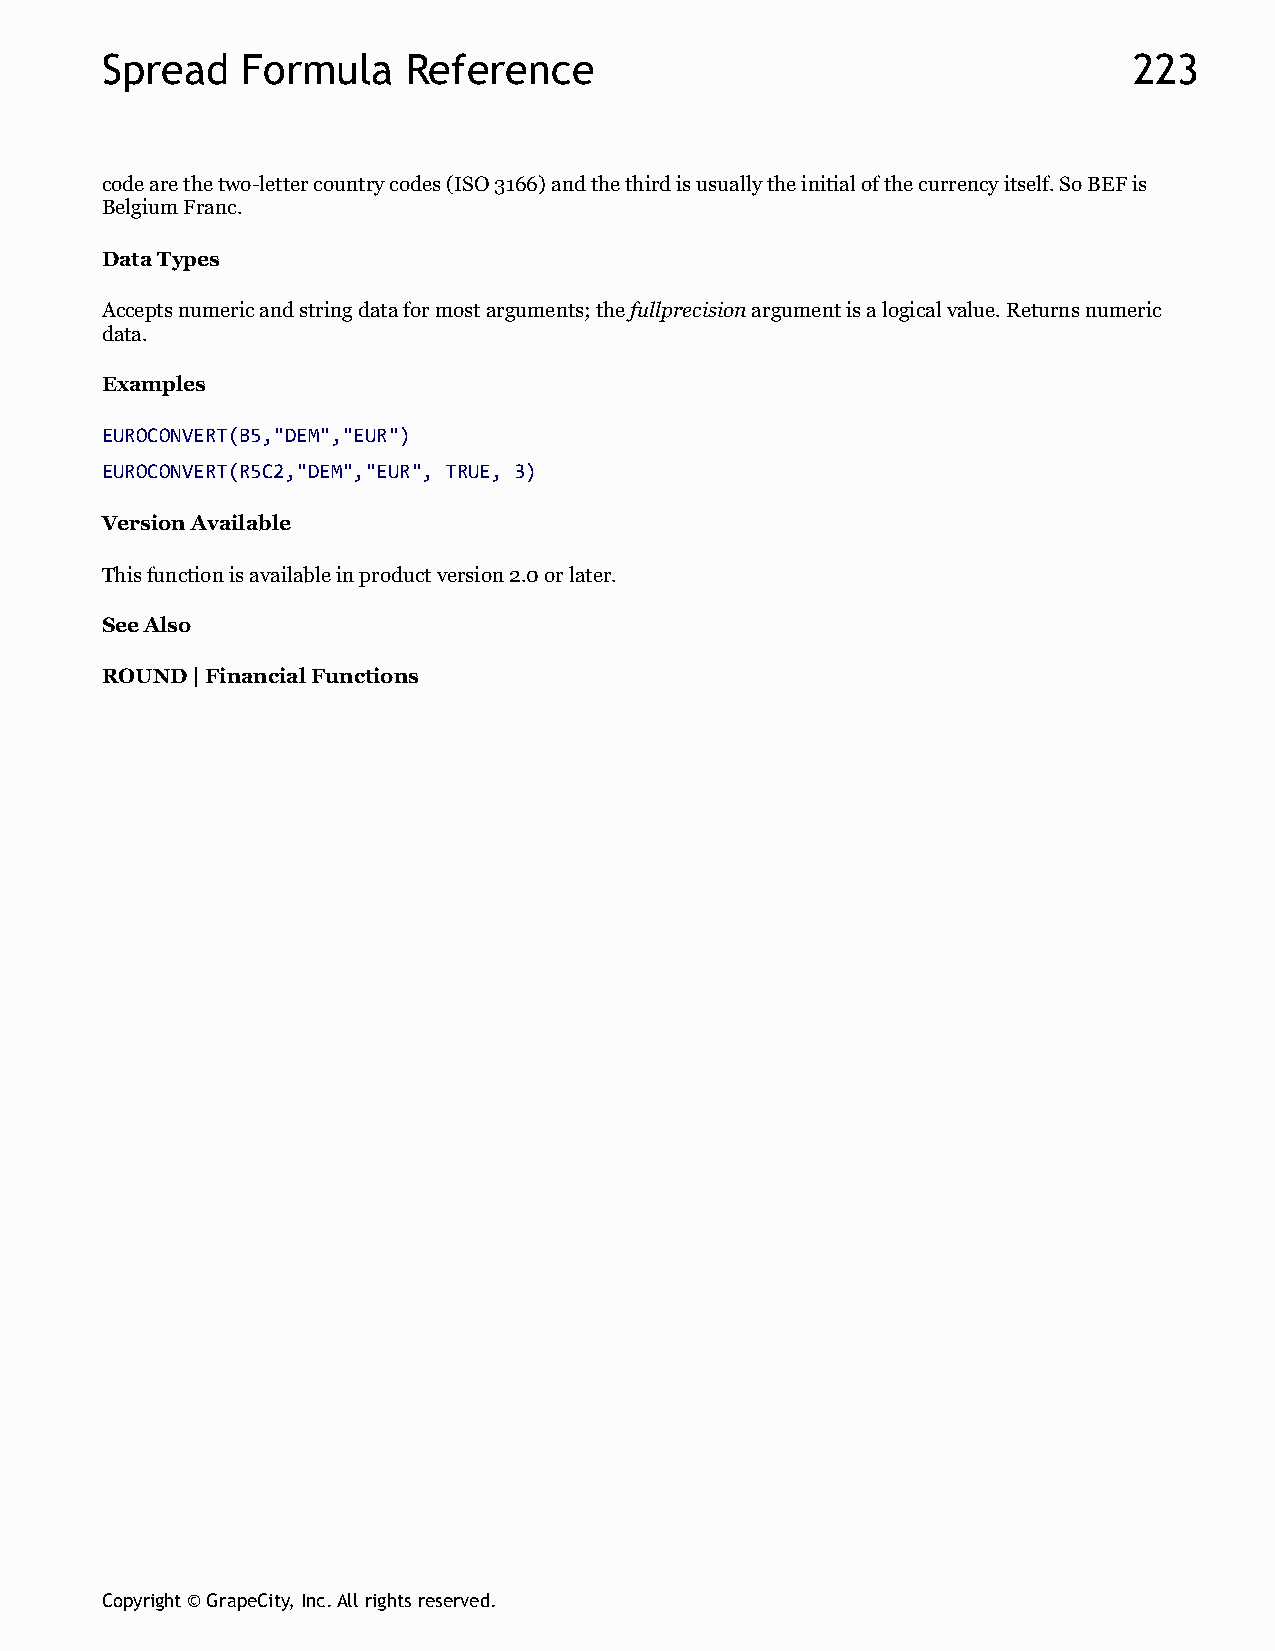
Spread   Formula    Reference                                       223
 code are the two-letter country codes (ISO 3166) and the third is usually the initial of the currency itself. So BEF is
 Belgium Franc.
 Data Types
 Accepts numeric and string data for most arguments; the fullprecision argument is a logical value. Returns numeric
 data.
 Examples
 EUROCONVERT(B5,"DEM","EUR")
 EUROCONVERT(R5C2,"DEM","EUR", TRUE, 3)
 Version Available
 This function is available in product version 2.0 or later.
 See Also
 ROUND | Financial Functions
 Copyright © GrapeCity, Inc. All rights reserved.